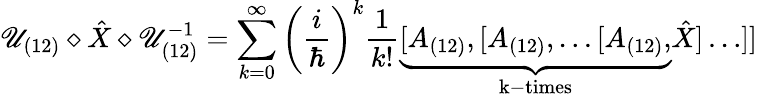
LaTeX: \mathscr{U}_{(12)}\diamond\hat{{X}}\diamond\mathscr{U}_{(12)}^{-1}=\sum_{k=0}^{\infty}\left(\frac{{i}}{{\hbar}}\right)^{k}\frac{{1}}{{k!}}\underbrace{{[A_{(12)},[A_{(12)},\ldots[A_{(12)},}}_{\mathrm{{k-times}}}\hat{{X}}]\ldots]]